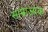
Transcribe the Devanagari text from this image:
साम्राज्यक